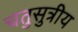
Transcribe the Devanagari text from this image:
चतुसुत्रीय